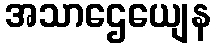
အသာဌေယျေန